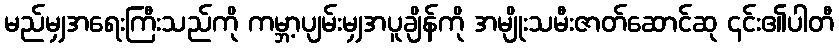
မည်မျှအရေးကြီးသည်ကို ကမ္ဘာ့ပျမ်းမျှအပူချိန်ကို အမျိုးသမီးဇာတ်ဆောင်ဆု ၎င်း၏ပါတီ